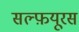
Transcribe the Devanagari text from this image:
सल्फ़यूरस